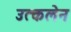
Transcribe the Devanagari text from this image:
उत्कलेन